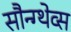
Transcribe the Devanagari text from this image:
सौन्ग्थेव्स